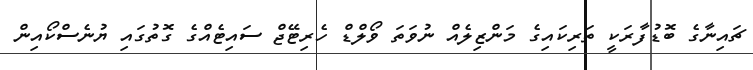
ޗައިނާގެ ބޮޑުފާރަކީ ތަރިކައިގެ މަންޒިލެއް ނުވަތަ ވޯލްޑް ހެރިޓޭޖް ސައިޓެއްގެ ގޮތުގައި ޔުނެސްކޯއިން